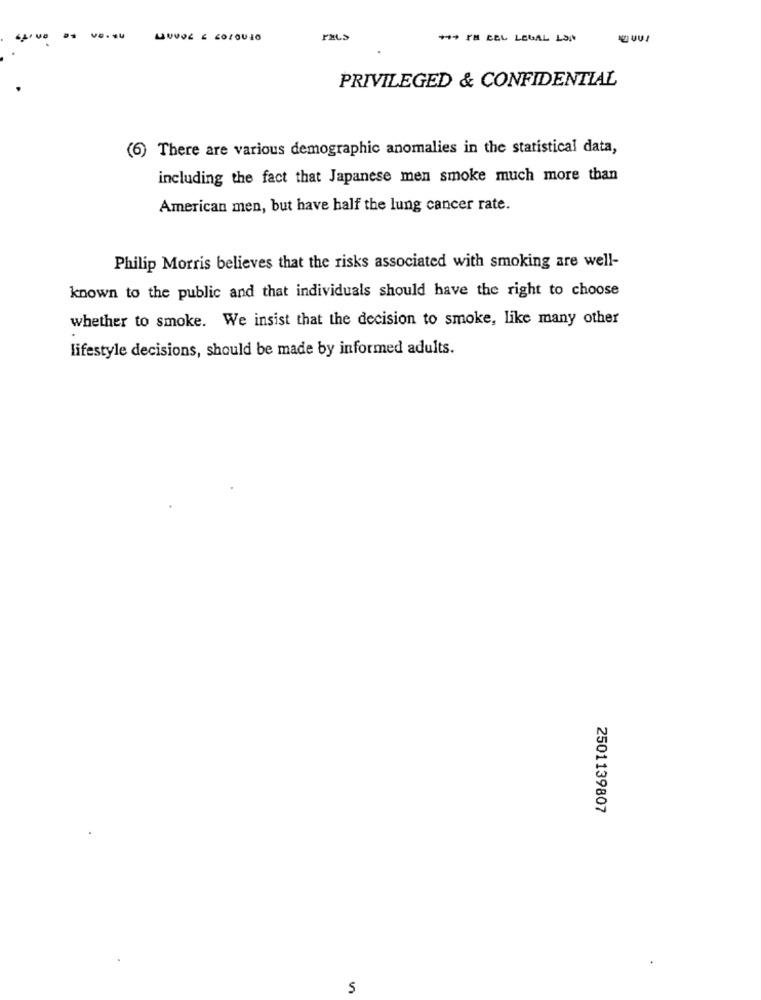
PELS
++9 PM BEL LEGAL LSA
PRIVILEGED & CONFIDENTIAL
(6) There are various demographic anomalies in the statistical data,
including the fact that Japanese men smoke much more than
American men, but have half the lung cancer rate.
Philip Morris believes that the risks associated with smoking are well-
known to the public and that individuals should have the right to choose
whether to smoke. We insist that the decision to smoke, like many other
lifestyle decisions, should be made by informed adults.
2501139807
S